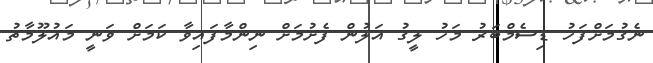
ނެގުމަށްފަހު ޑިސެމްބަރު މަހު ލީގު އަލުން ފެށުމަށް ނިންމާފައިވާ ކަމަށް ވަނީ މައުލޫމާތު